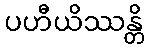
ပဟီယိဿန္တိ